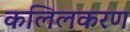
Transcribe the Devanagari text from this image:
कलिलकरण